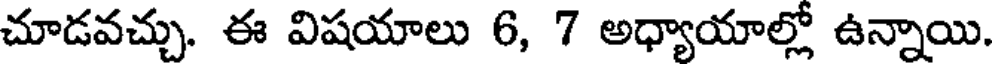
చూడవచ్చు. ఈ విషయాలు 6, 7 అధ్యాయాల్లో ఉన్నాయి.